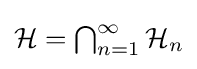
\textstyle {\mathcal {H}}=\bigcap _{n=1}^{\infty }{\mathcal {H}}_{n}